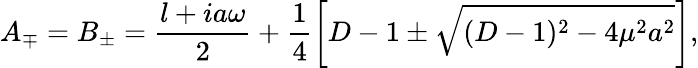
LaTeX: A_{\mp}=B_{\pm}=\frac{l+ia\omega}{2}+\frac{1}{4}\left[D-1\pm\sqrt{(D-1)^{2}-4\mu^{2}a^{2}}\right],